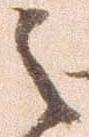
之